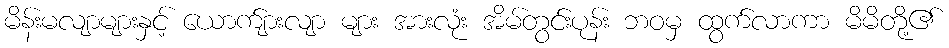
မိန်းမလျာများနှင့် ယောက်ျားလျာ များ အားလုံး အိမ်တွင်းပုန်း ဘဝမှ ထွက်လာကာ မိမိတို့၏